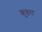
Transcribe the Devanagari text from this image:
कुड़रा